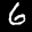
Label: 6